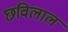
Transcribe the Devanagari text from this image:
छविलाल